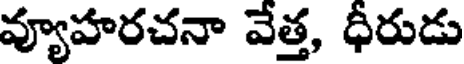
వ్యూహరచనా వేత్త, ధీరుడు